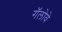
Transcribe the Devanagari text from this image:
गॅलोवे